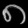
Digit: ၈